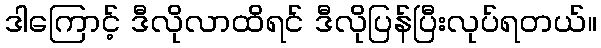
ဒါကြောင့် ဒီလိုလာထိရင် ဒီလိုပြန်ပြီးလုပ်ရတယ်။